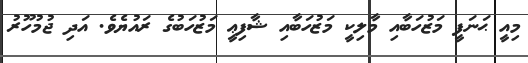
މިއީ ޙަނަފީ މަޒުހަބާއި މާލިކީ މަޒުހަބާއި ޝާފިޢީ މަޒުހަބުގެ ރައުޔެވެ. އަދި ޖުމުހޫރު